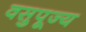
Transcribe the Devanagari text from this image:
वसुपूज्य